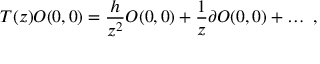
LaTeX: T ( z ) { \cal O } ( 0 , 0 ) = \frac { h } { z ^ { 2 } } { \cal O } ( 0 , 0 ) + \frac { 1 } { z } \partial { \cal O } ( 0 , 0 ) + \ldots \ ,